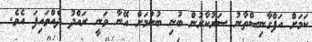
ކަމަށް އަފްގާނިސްތާނު ސަރުކާރުން ބުނި ބުނުމަށް އޭނާ ވަނީ ރައްްދު ދެއްވައިފަ އެވެ.